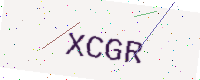
Text: XCGR